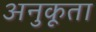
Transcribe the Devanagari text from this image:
अनुकूता